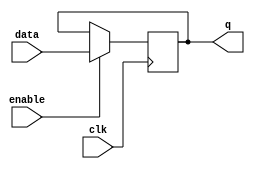
module gated_latch (input clk, input data, input enable, output reg q);

reg latched_data;

always @(posedge clk) begin
    if (enable)
        latched_data <= data;
end

assign q = latched_data;

endmodule